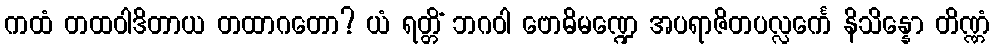
ကထံ တထဝါဒိတာယ တထာဂတော? ယံ ရတ္တိံ ဘဂဝါ ဗောဓိမဏ္ဍေ အပရာဇိတပလ္လင်္ကေ နိသိန္နော တိဏ္ဏံ